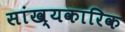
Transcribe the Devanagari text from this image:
सांख्यकारिक